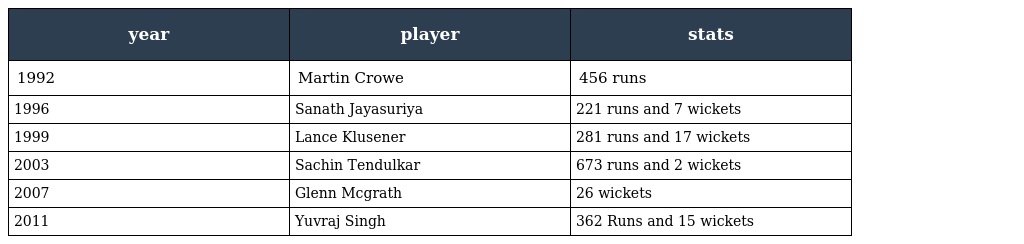
| year | player | stats |
 | --- | --- | --- |
 | 1992 | Martin Crowe | 456 runs |
 | 1996 | Sanath Jayasuriya | 221 runs and 7 wickets |
 | 1999 | Lance Klusener | 281 runs and 17 wickets |
 | 2003 | Sachin Tendulkar | 673 runs and 2 wickets |
 | 2007 | Glenn Mcgrath | 26 wickets |
 | 2011 | Yuvraj Singh | 362 Runs and 15 wickets |